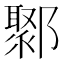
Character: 鄹